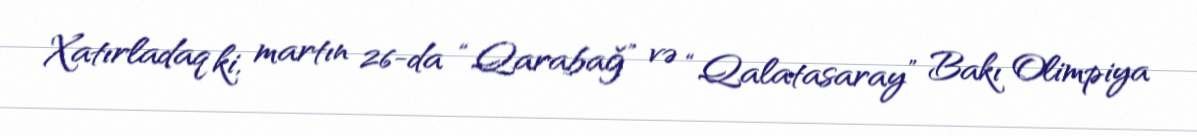
Xatırladaq ki, martın 26-da “Qarabağ” və “Qalatasaray” Bakı Olimpiya